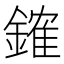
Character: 䥃